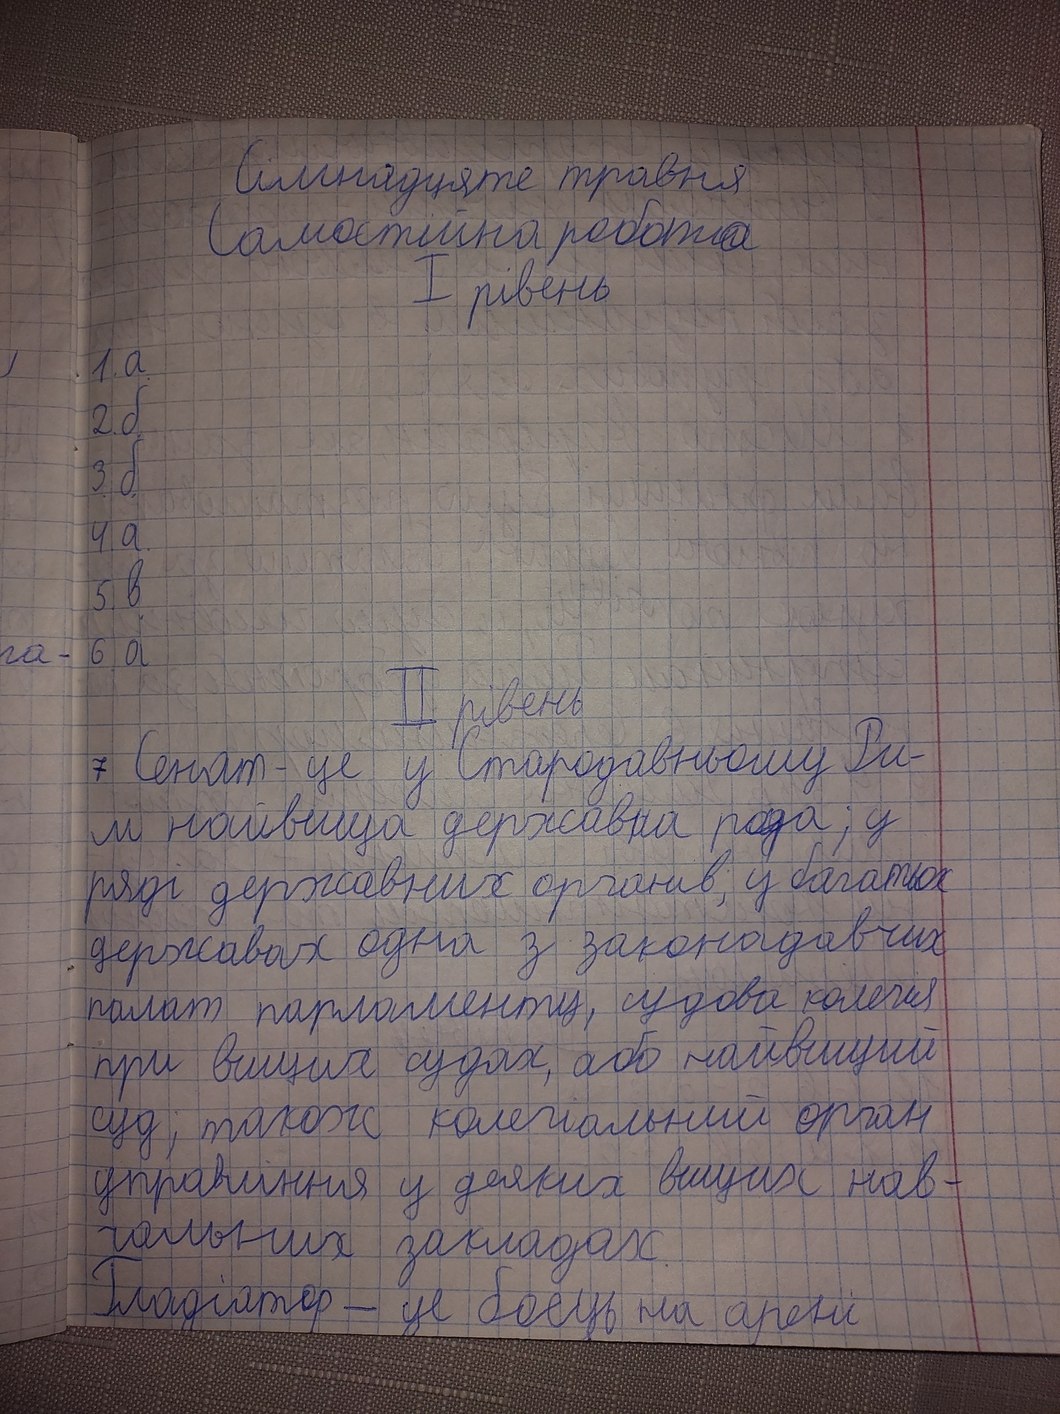
Сімнадцяте травня
Самостійна робота
I рівень
1. a.
2. б.
3. б.
4. a.
5. в.
6. a
II рівень
7 Сенат - це у Стародавньому Ри-
м найвища державна рада; у
ряді державних органів; у багатьох
державах одна з законодавчих
палат парламенту, судова колегія
при вищих судах, або найвищий
суд; також колегіальний орган
управління у деяких вищих нав-
чальних закладах.
Гладіатор - це боєць на арені